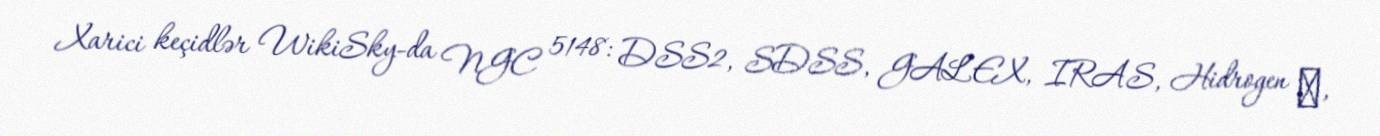
Xarici keçidlər WikiSky-da NGC 5148: DSS2, SDSS, GALEX, IRAS, Hidrogen α,